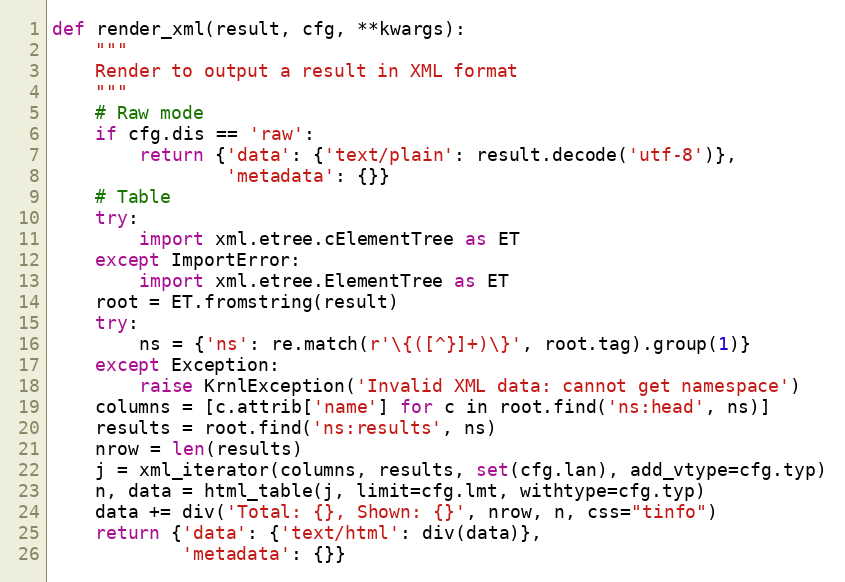
Language: Python
def render_xml(result, cfg, **kwargs):
    """
    Render to output a result in XML format
    """
    # Raw mode
    if cfg.dis == 'raw':
        return {'data': {'text/plain': result.decode('utf-8')},
                'metadata': {}}
    # Table
    try:
        import xml.etree.cElementTree as ET
    except ImportError:
        import xml.etree.ElementTree as ET
    root = ET.fromstring(result)
    try:
        ns = {'ns': re.match(r'\{([^}]+)\}', root.tag).group(1)}
    except Exception:
        raise KrnlException('Invalid XML data: cannot get namespace')
    columns = [c.attrib['name'] for c in root.find('ns:head', ns)]
    results = root.find('ns:results', ns)
    nrow = len(results)
    j = xml_iterator(columns, results, set(cfg.lan), add_vtype=cfg.typ)
    n, data = html_table(j, limit=cfg.lmt, withtype=cfg.typ)
    data += div('Total: {}, Shown: {}', nrow, n, css="tinfo")
    return {'data': {'text/html': div(data)},
            'metadata': {}}